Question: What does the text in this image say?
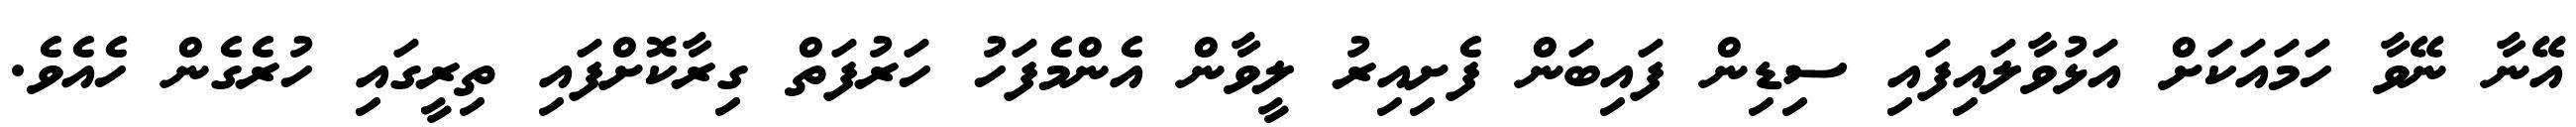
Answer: އޭނާ ނޭވާ ހަމައަކަށް އަޅުވާލައިފައި ސިޑިން ފައިބަން ފެށިއިރު ލީވާން އެންމެފަހު ހަރުފަތް ގިރާކޮށްފައި ތިރީގައި ހުރެގެން ހެއެވެ.